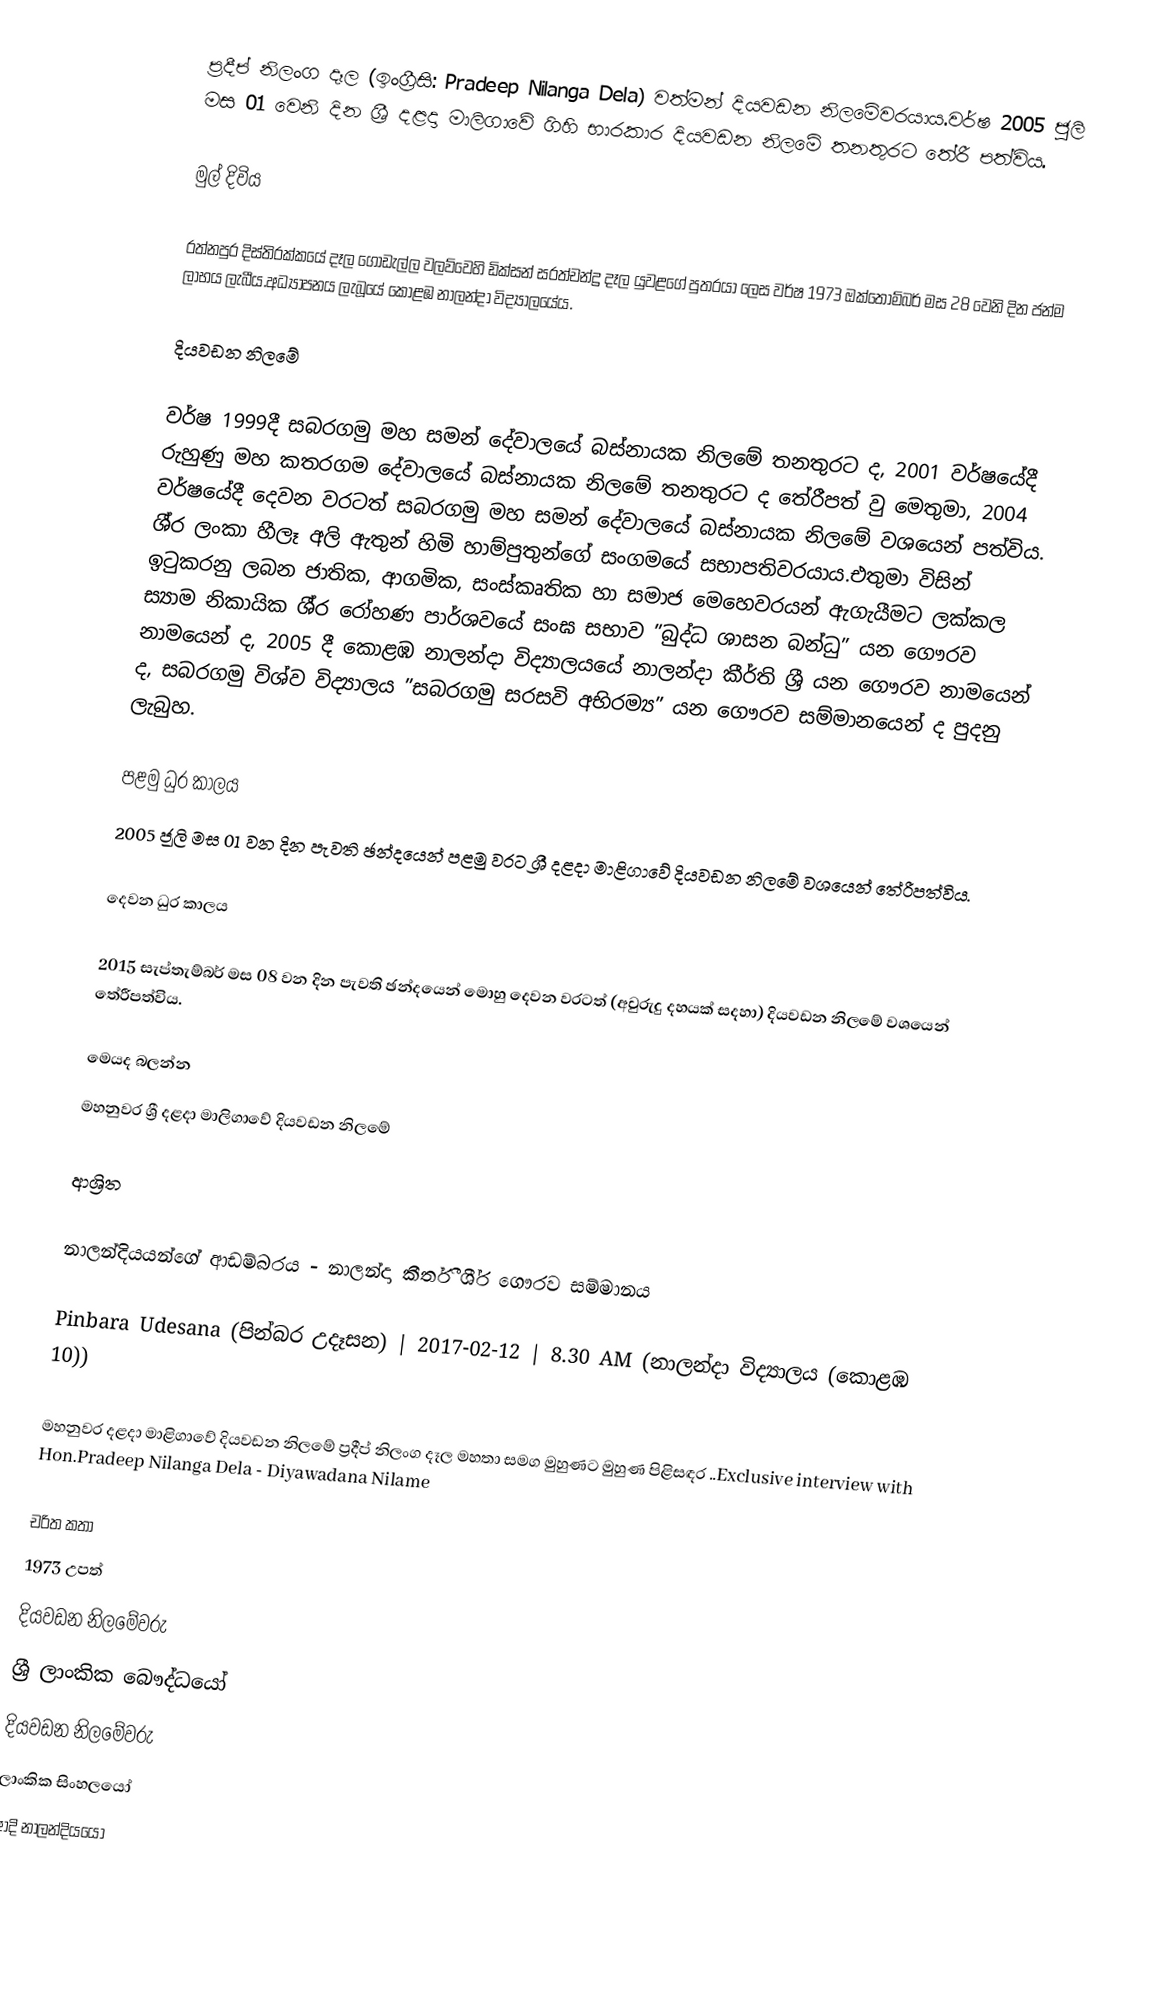
ප්‍රදීප් නිලංග දෑල (ඉංග්‍රීසි: Pradeep Nilanga Dela) වත්මන් දියවඩන නිලමේවරයාය.වර්ෂ 2005 ජුලි මස 01 වෙනි දින ශ්‍රී දළදා මාලිගාවේ ගිහි භාරකාර දියවඩන නිලමේ තනතුරට තේරී පත්විය.

මුල් දිවිය

රත්නපුර දිස්ති‍්‍රක්කයේ දෑල ගොඩැල්ල වලව්වෙහි ඩික්සන් සරත්චන්ද්‍ර දෑල යුවළගේ පුත‍්‍රයා ලෙස වර්ෂ 1973 ඔක්තෝම්බර් මස 28 වෙනි දින ජන්ම ලාභය ලැබීය.අධ්‍යාපනය ලැබූයේ කොළඹ නාලන්දා විද්‍යාලයේය.

දියවඩන නිලමේ

වර්ෂ 1999දී සබරගමු මහ සමන් දේවාලයේ බස්නායක නිලමේ තනතුරට ද, 2001 වර්ෂයේදී රුහුණු මහ කතරගම දේවාලයේ බස්නායක නිලමේ තනතුරට ද තේරීපත් වු මෙතුමා, 2004 වර්ෂයේදී දෙවන වරටත් සබරගමු මහ සමන් දේවාලයේ බස්නායක නිලමේ වශයෙන් පත්විය. ශී‍්‍ර ලංකා හීලෑ අලි ඇතුන් හිමි හාම්පුතුන්ගේ සංගමයේ සභාපතිවරයාය.එතුමා විසින් ඉටුකරනු ලබන ජාතික, ආගමික, සංස්කෘතික හා සමාජ මෙහෙවරයන් ඇගැයීමට ලක්කල ස්‍යාම නිකායික ශී‍්‍ර රෝහණ පාර්ශවයේ සංඝ සභාව ”බුද්ධ ශාසන බන්ධු” යන ගෞරව නාමයෙන් ද, 2005 දී කොළඹ නාලන්දා විද්‍යාලයයේ නාලන්දා කීර්ති ශ්‍රී යන ගෞරව නාමයෙන් ද, සබරගමු විශ්ව විද්‍යාලය ”සබරගමු සරසවි අභිරම්‍ය” යන ගෞරව සම්මානයෙන් ද පුදනු ලැබුහ.

පළමු ධුර කාලය
2005 ජූලි මස 01 වන දින පැවති ඡන්දයෙන් පළමු වරට ශ්‍රී දළදා මාළිගාවේ දියවඩන නිලමේ වශයෙන් තේරීපත්විය.

දෙවන ධුර කාලය

2015 සැප්තැම්බර් මස 08 වන දින පැවති ඡන්දයෙන් මොහු දෙවන වරටත් (අවුරුදු දහයක් සදහා) දියවඩන නිලමේ වශයෙන් තේරීපත්විය.

මෙයද බලන්න
 මහනුවර ශ්‍රී දළදා මාලිගාවේ දියවඩන නිලමේ

ආශ්‍රිත

 නාලන්දියයන්ගේ ආඩම්බරය - නාලන්දා කීර්තී ශී‍්‍ර ගෞරව සම්මානය

 Pinbara Udesana (පින්බර උදෑසන) | 2017-02-12 | 8.30 AM (නාලන්දා විද්‍යාලය (කොළඹ 10))

 මහනුවර දළදා මාළිගාවේ දියවඩන නිලමේ ප්‍රදීප් නිලංග දෑල මහතා සමග මුහුණට මුහුණ පිළිසඳර ..Exclusive interview with Hon.Pradeep Nilanga Dela - Diyawadana Nilame

චරිත කතා
1973 උපත්
දියවඩන නිලමේවරු
ශ්‍රී ලාංකික බෞද්ධයෝ
දියවඩන නිලමේවරු
ලාංකික සිංහලයෝ
ආදි නාලන්දියයෝ